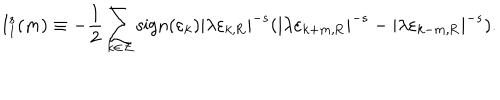
LaTeX: \mathrm { I } _ { 1 } ^ { s } ( m ) \equiv - \frac { 1 } { 2 } \sum _ { k \in \cal Z } \mathrm { s i g n } ( \varepsilon _ { k } ) | \lambda \varepsilon _ { k , \mathrm { R } } | ^ { - s } ( | \lambda \varepsilon _ { k + m , \mathrm { R } } | ^ { - s } - | \lambda \varepsilon _ { k - m , \mathrm { R } } | ^ { - s } ) .